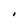
Character: I